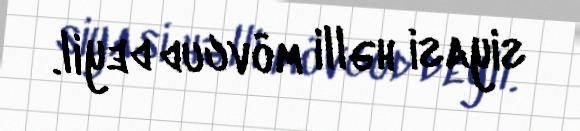
siyasi həlli mövcud deyil.